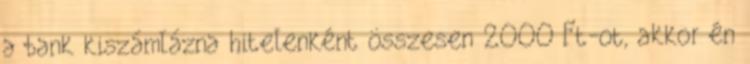
a bank kiszámlázna hitelenként összesen 2000 Ft-ot, akkor én